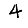
Digit: 4